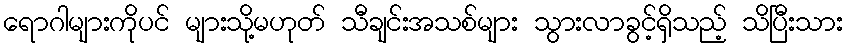
ရောဂါများကိုပင် များသို့မဟုတ် သီချင်းအသစ်များ သွားလာခွင့်ရှိသည့် သိပြီးသား